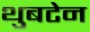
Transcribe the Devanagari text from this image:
थुबटेन